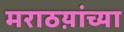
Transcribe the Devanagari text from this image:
मराठय़ांच्या